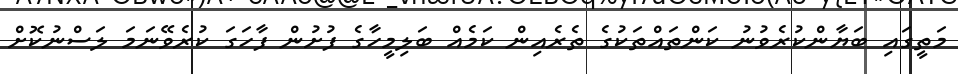
މަތީގައި ބަޔާންކުރެވުނު ކަންތައްތަކުގެ ތެރެއިން ކަމެއް ބަލިމީހާގެ ފުށުން ފާހަގަ ކުރެވޭނަމަ ލަސްނުކޮށް